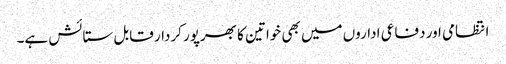
انتظامی اور دفاعی اداروں میں بھی خواتین کا بھرپور کردار قابل ستائش ہے۔